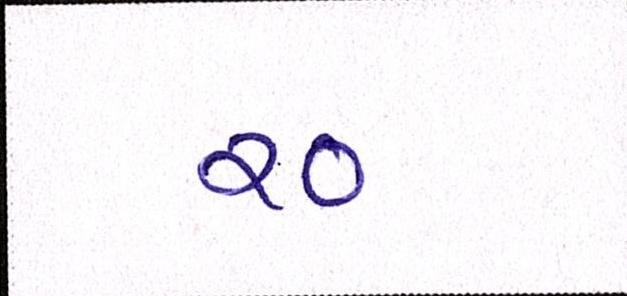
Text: ર૦